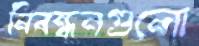
নিবন্ধনগুলো